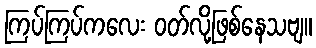
ကြပ်ကြပ်ကလေး ဝတ်လို့ဖြစ်နေသဗျ။